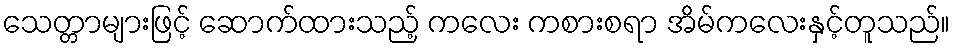
သေတ္တာများဖြင့် ဆောက်ထားသည့် ကလေး ကစားစရာ အိမ်ကလေးနှင့်တူသည်။